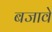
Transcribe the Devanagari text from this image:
बजावे